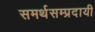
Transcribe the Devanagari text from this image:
समर्थसम्प्रदायी